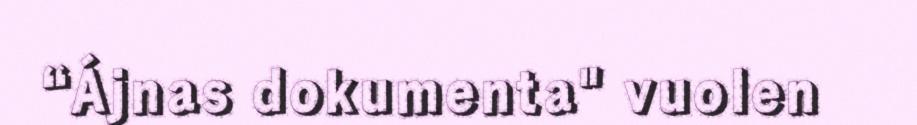
“Ájnas dokumenta" vuolen